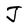
Character: J